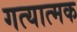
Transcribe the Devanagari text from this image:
गत्‍यात्‍मक